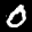
Label: 0